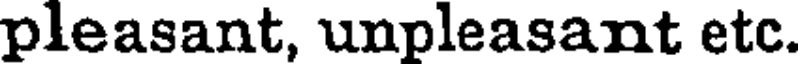
pleasant, unpleasant etc.